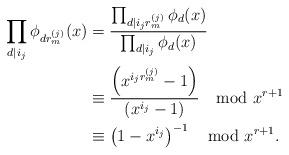
LaTeX: \begin{align*}\prod_{d|i_j}\phi_{dr^{(j)}_m}(x)&=\frac{\prod_{d|i_jr^{(j)}_m}\phi_{d}(x)}{\prod_{d|i_j}\phi_{d}(x)}\\&\equiv \frac{\left(x^{i_jr^{(j)}_m}-1\right)}{(x^{i_j}-1)}\mod x^{r+1}\\&\equiv \left(1-x^{i_j}\right)^{-1} \mod x^{r+1}.\end{align*}